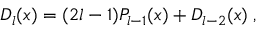
D _ { l } ( x ) = ( 2 l - 1 ) P _ { l - 1 } ( x ) + D _ { l - 2 } ( x ) \; ,